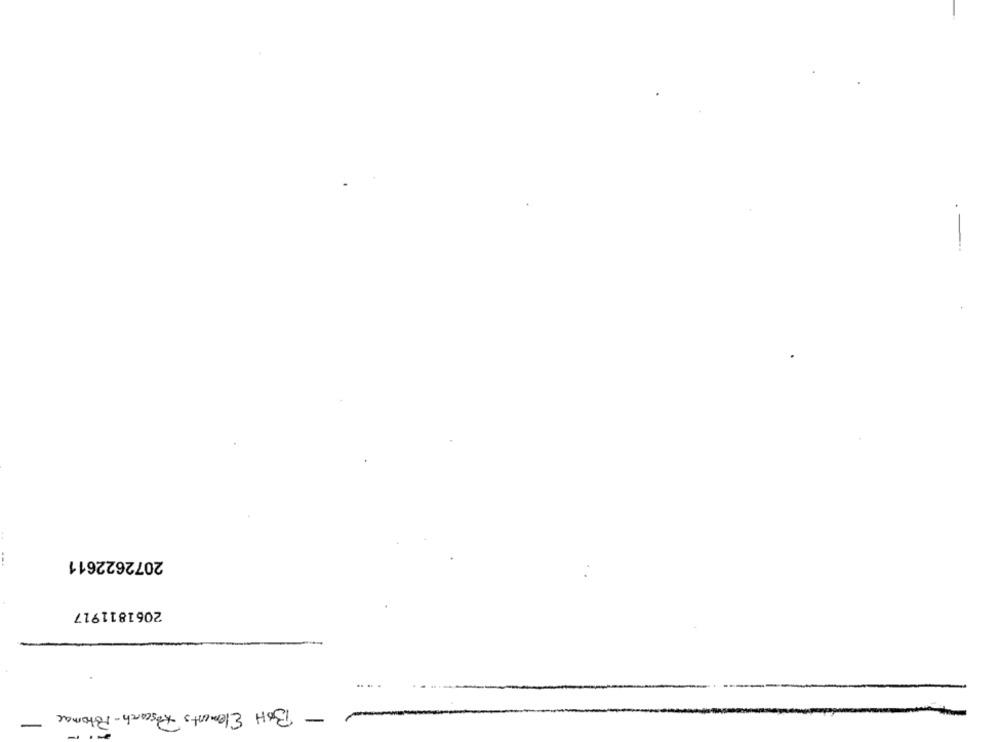
2072622611
2061811917
- BOH Elements Research-Potomac
-